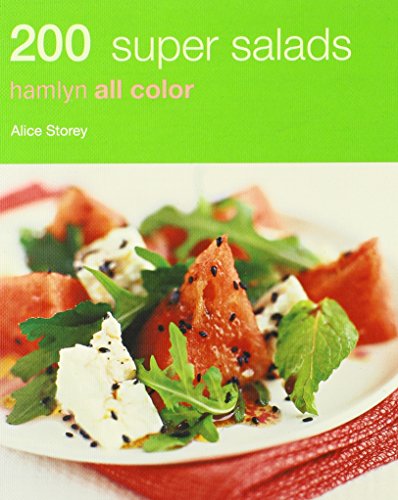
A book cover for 200 Super Salads: Hamlyn All Color (Hamlyn All Color 200); Alice Storey; Cookbooks, Food & Wine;